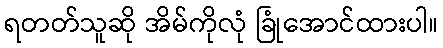
ရတတ်သူဆို အိမ်ကိုလုံ ခြုံအောင်ထားပါ။